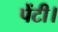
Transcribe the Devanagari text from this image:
पेंटी।